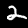
Digit: 2